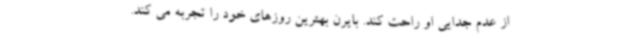
از عدم جدایی او راحت کند. بایرن بهترین روزهای خود را تجربه می کند.